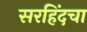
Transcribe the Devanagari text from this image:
सरहिंदचा